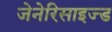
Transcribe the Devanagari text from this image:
जेनेरिसाइज्ड